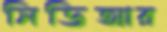
সিডিআর